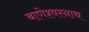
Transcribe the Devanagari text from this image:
बाणेश्वरनाथ